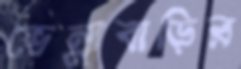
ভেন্নাবাড়ির